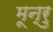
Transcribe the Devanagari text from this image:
मून्रु